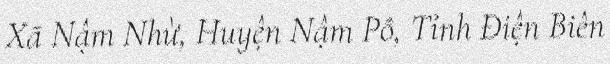
Xã Nậm Nhừ, Huyện Nậm Pồ, Tỉnh Điện Biên